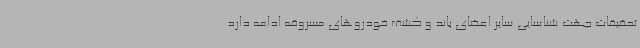
تحقیقات جهت شناسایی سایر اعضای باند و کشف خودروهای مسروقه ادامه دارد